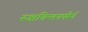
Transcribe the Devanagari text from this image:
रुक्षचिन्तनपरैर्न